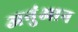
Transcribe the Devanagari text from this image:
अनुंआन